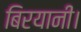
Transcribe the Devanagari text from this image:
बिरयानी।